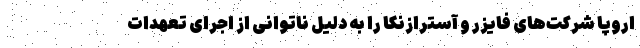
اروپا شرکت‌های فایزر و آسترازنکا را به دلیل ناتوانی از اجرای تعهدات